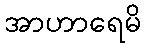
အာဟာရေမိ